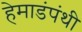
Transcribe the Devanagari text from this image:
हेमाडंपंथी